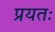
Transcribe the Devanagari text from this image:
प्रयतः